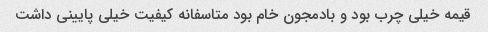
قیمه خیلی چرب بود و بادمجون خام بود متاسفانه کیفیت خیلی پایینی داشت